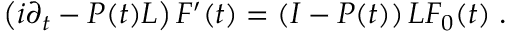
\left( i \partial _ { t } - { \cal P } ( t ) { \cal L } \right) { \cal F } ^ { \prime } ( t ) = \left( { \cal I } - { \cal P } ( t ) \right) { \cal L } { \cal F } _ { 0 } ( t ) \; .